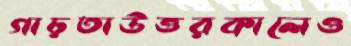
গাঢ়তাউত্তরকালেও